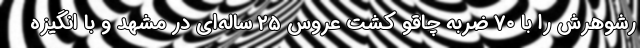
رشوهرش را با ۷۰ ضربه چاقو کشت عروس ۲۵ ساله‌ای در مشهد و با انگیزه